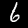
Label: 6